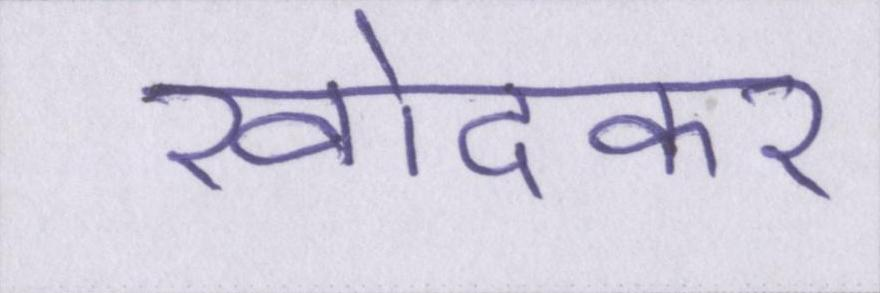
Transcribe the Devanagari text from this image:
खोदकर